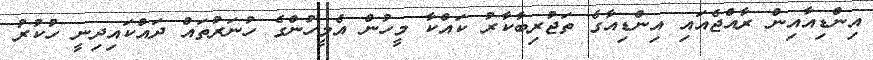
އިންޑިއާއިން ރާއްޖެއައި އިންޑިއާގެ ތަޖުރިބާކާރު ކައްކާ މީހުން އެމީހުންގެ ހުނަރުތައް ދައްކައިދިނީ ހުކުރު